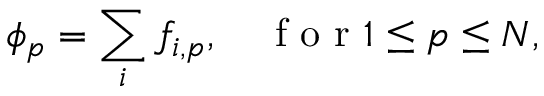
\phi _ { p } = \sum _ { i } f _ { i , p } , \quad \mathrm { ~ f ~ o ~ r ~ } 1 \leq p \leq N ,